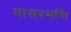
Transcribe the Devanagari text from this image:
मासरमणि